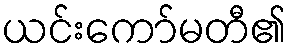
ယင်းကော်မတီ၏